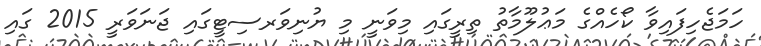
ހަމަޖެހިފައިވާ ކޯހެއްގެ މަޢުލޫމާތު ތިރީގައި މިވަނީ މި ޔުނިވަރސިޓީގައި ޖަނަވަރީ 2015 ގައި